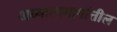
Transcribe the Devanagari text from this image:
अध्यात्ममार्गातील